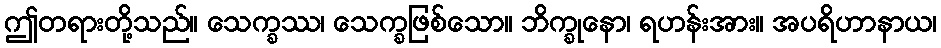
ဤတရားတို့သည်။ သေက္ခဿ၊ သေက္ခဖြစ်သော။ ဘိက္ခုနော၊ ရဟန်းအား။ အပရိဟာနာယ၊